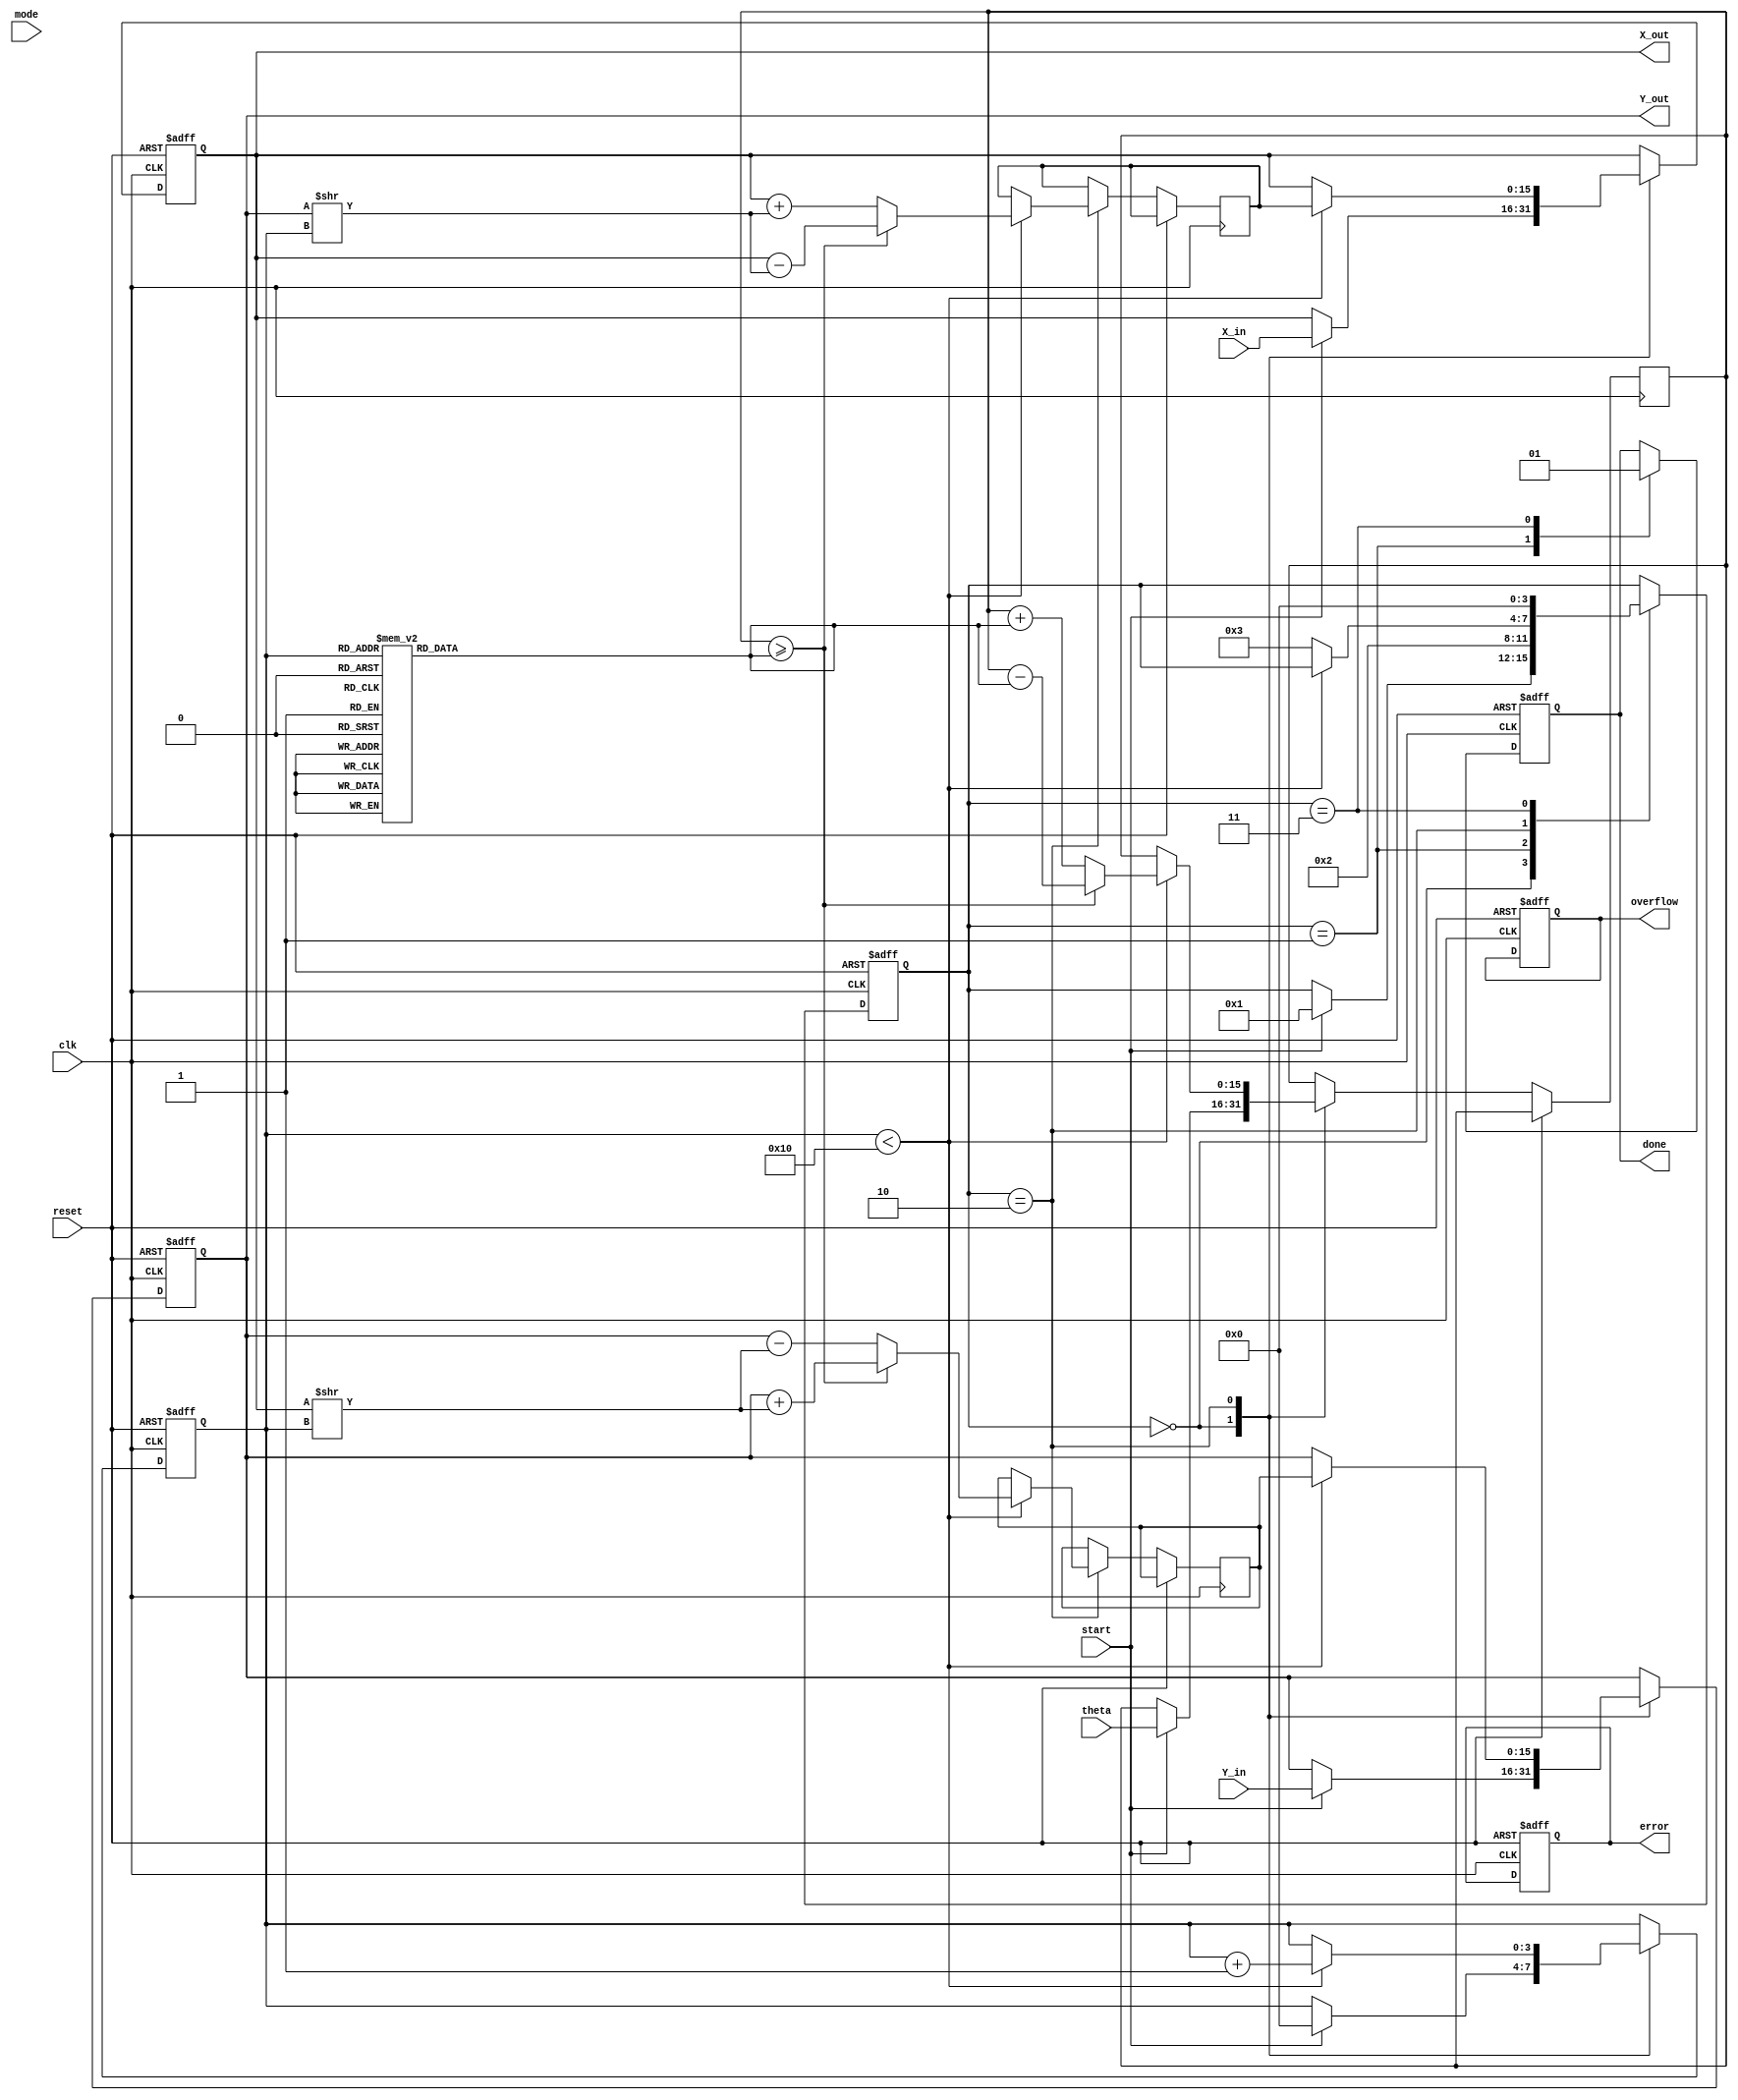
module adaptive_cordic (
    input wire clk,
    input wire reset,
    input wire start,
    input wire [15:0] theta,        // Input angle in fixed-point format
    input wire [15:0] X_in,         // Initial X coordinate
    input wire [15:0] Y_in,         // Initial Y coordinate
    input wire mode,                // Operation mode (0: rotation, 1: vectoring)
    output reg [15:0] X_out,        // Resultant X coordinate
    output reg [15:0] Y_out,        // Resultant Y coordinate
    output reg done,                // Completion flag
    output reg overflow,            // Overflow flag
    output reg error                // Error flag
);

    // Internal parameters
    parameter MAX_ITERATIONS = 16;
    reg [3:0] state;                // Current state of the FSM
    reg [3:0] iteration_count;      // Iteration counter
    reg [15:0] angle_lut [0:15];    // Angle Lookup Table
    reg [15:0] current_angle;       // Current angle for rotation
    reg [15:0] x_temp, y_temp;      // Temporary variables for calculations

    // Initialize angle lookup table (in radians)
    initial begin
        angle_lut[0] = 16'h26B2; // 0.4142
        angle_lut[1] = 16'h1D8A; // 0.1974
        angle_lut[2] = 16'h0F9F; // 0.0997
        angle_lut[3] = 16'h07F4; // 0.0499
        angle_lut[4] = 16'h03FC; // 0.0249
        angle_lut[5] = 16'h01FE; // 0.0123
        // Continue filling the LUT as needed...
    end

    // FSM states
    localparam IDLE = 0, INIT = 1, COMPUTE = 2, COMPLETE = 3;

    // FSM for control logic
    always @(posedge clk or posedge reset) begin
        if (reset) begin
            state <= IDLE;
            done <= 0;
            overflow <= 0;
            error <= 0;
            iteration_count <= 0;
            X_out <= 0;
            Y_out <= 0;
        end else begin
            case (state)
                IDLE: begin
                    if (start) begin
                        X_out <= X_in;
                        Y_out <= Y_in;
                        current_angle <= theta;
                        iteration_count <= 0;
                        state <= INIT;
                    end
                end
                INIT: begin
                    // Prepare for computation
                    done <= 0;
                    state <= COMPUTE;
                end
                COMPUTE: begin
                    if (iteration_count < MAX_ITERATIONS) begin
                        // Perform CORDIC rotation
                        if (current_angle >= angle_lut[iteration_count]) begin
                            x_temp <= X_out - (Y_out >> iteration_count);
                            y_temp <= Y_out + (X_out >> iteration_count);
                            current_angle <= current_angle - angle_lut[iteration_count];
                        end else begin
                            x_temp <= X_out + (Y_out >> iteration_count);
                            y_temp <= Y_out - (X_out >> iteration_count);
                            current_angle <= current_angle + angle_lut[iteration_count];
                        end
                        // Update output
                        X_out <= x_temp;
                        Y_out <= y_temp;
                        iteration_count <= iteration_count + 1;
                    end else begin
                        state <= COMPLETE; // Move to complete state
                    end
                end
                COMPLETE: begin
                    done <= 1; // Set done flag
                    state <= IDLE; // Return to idle
                end
            endcase
        end
    end
endmodule